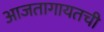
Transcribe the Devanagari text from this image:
आजतागायतची